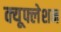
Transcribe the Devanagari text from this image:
क्यूफ्लेशन